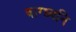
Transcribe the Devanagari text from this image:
वाग्ध्वनि